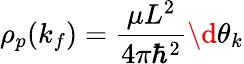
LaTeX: \rho_{p}(k_{f})=\frac{\mu L^{2}}{4\pi\hbar^{2}}\d\theta_{k}